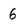
Character: 6